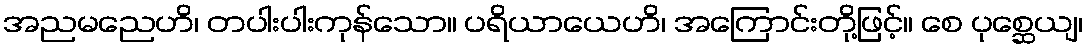
အညမညေဟိ၊ တပါးပါးကုန်သော။ ပရိယာယေဟိ၊ အကြောင်းတို့ဖြင့်။ စေ ပုစ္ဆေယျ၊